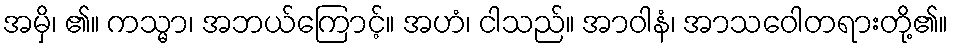
အမှိ၊ ၏။ ကသ္မာ၊ အဘယ်ကြောင့်။ အဟံ၊ ငါသည်။ အာဝါနံ၊ အာသဝေါတရားတို့၏။